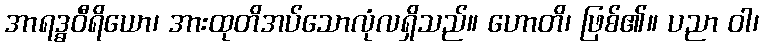
အာရဒ္ဓဝီရိယော၊ အားထုတိအပ်သောလုံလရှိသည်။ ဟောတိ၊ ဖြစ်၏။ ပညာ ဝါ၊